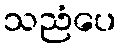
သညံပေ